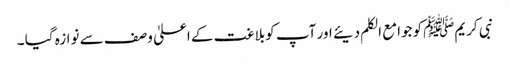
نبی کریمﷺکو جوامع الکلم دیئے اور آپ کوبلاغت کے اعلیٰ وصف سے نوازہ گیا ۔